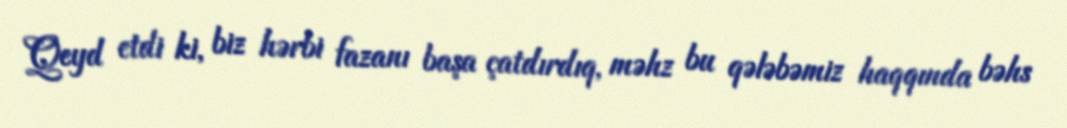
Qeyd etdi ki, biz hərbi fazanı başa çatdırdıq, məhz bu qələbəmiz haqqında bəhs